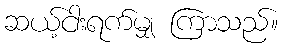
ဆယ့်ငါးရက်မျှ ကြာသည်။